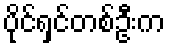
ပိုင်ရှင်တစ်ဦးက